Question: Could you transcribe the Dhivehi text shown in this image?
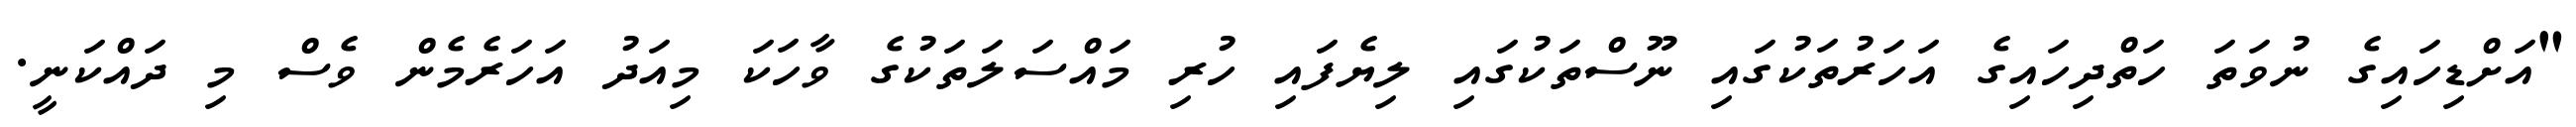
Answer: "އަށްޑިހައިގެ ނުވަތަ ހަތްދިހައިގެ އަހަރުތަކުގައި ނޫސްތަކުގައި ލިޔެފައި ހުރި މައްސަލަތަކުގެ ވާހަކަ މިއަދު އަހަރެމެން ވެސް މި ދައްކަނީ.